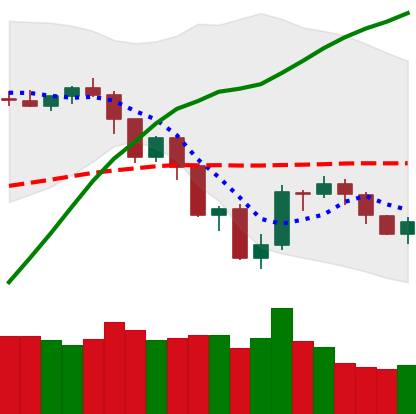
Ticker: NEO-USD
Chart end date: 2019-07-24
Forward return: -4.564%
Label: down_3_5